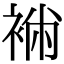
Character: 䘷